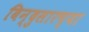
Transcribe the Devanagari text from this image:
बिन्दुसारच्या